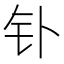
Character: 钋